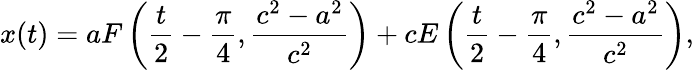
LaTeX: x(t)=aF\left(\frac{t}{2}-\frac{\pi}{4},\frac{c^{2}-a^{2}}{c^{2}}\right)+cE\left(\frac{t}{2}-\frac{\pi}{4},\frac{c^{2}-a^{2}}{c^{2}}\right),